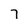
Character: 7